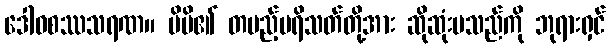
ဒေါဝစဿသရဏ။ မိမိ၏ တပည့်ပရိသတ်တို့အား ဆိုဆုံးမသည်ကို ဘုရားရှင်